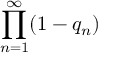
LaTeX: \prod _ { n = 1 } ^ { \infty } ( 1 - q _ { n } )